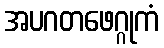
အပဂတဖေဂ္ဂုကံ